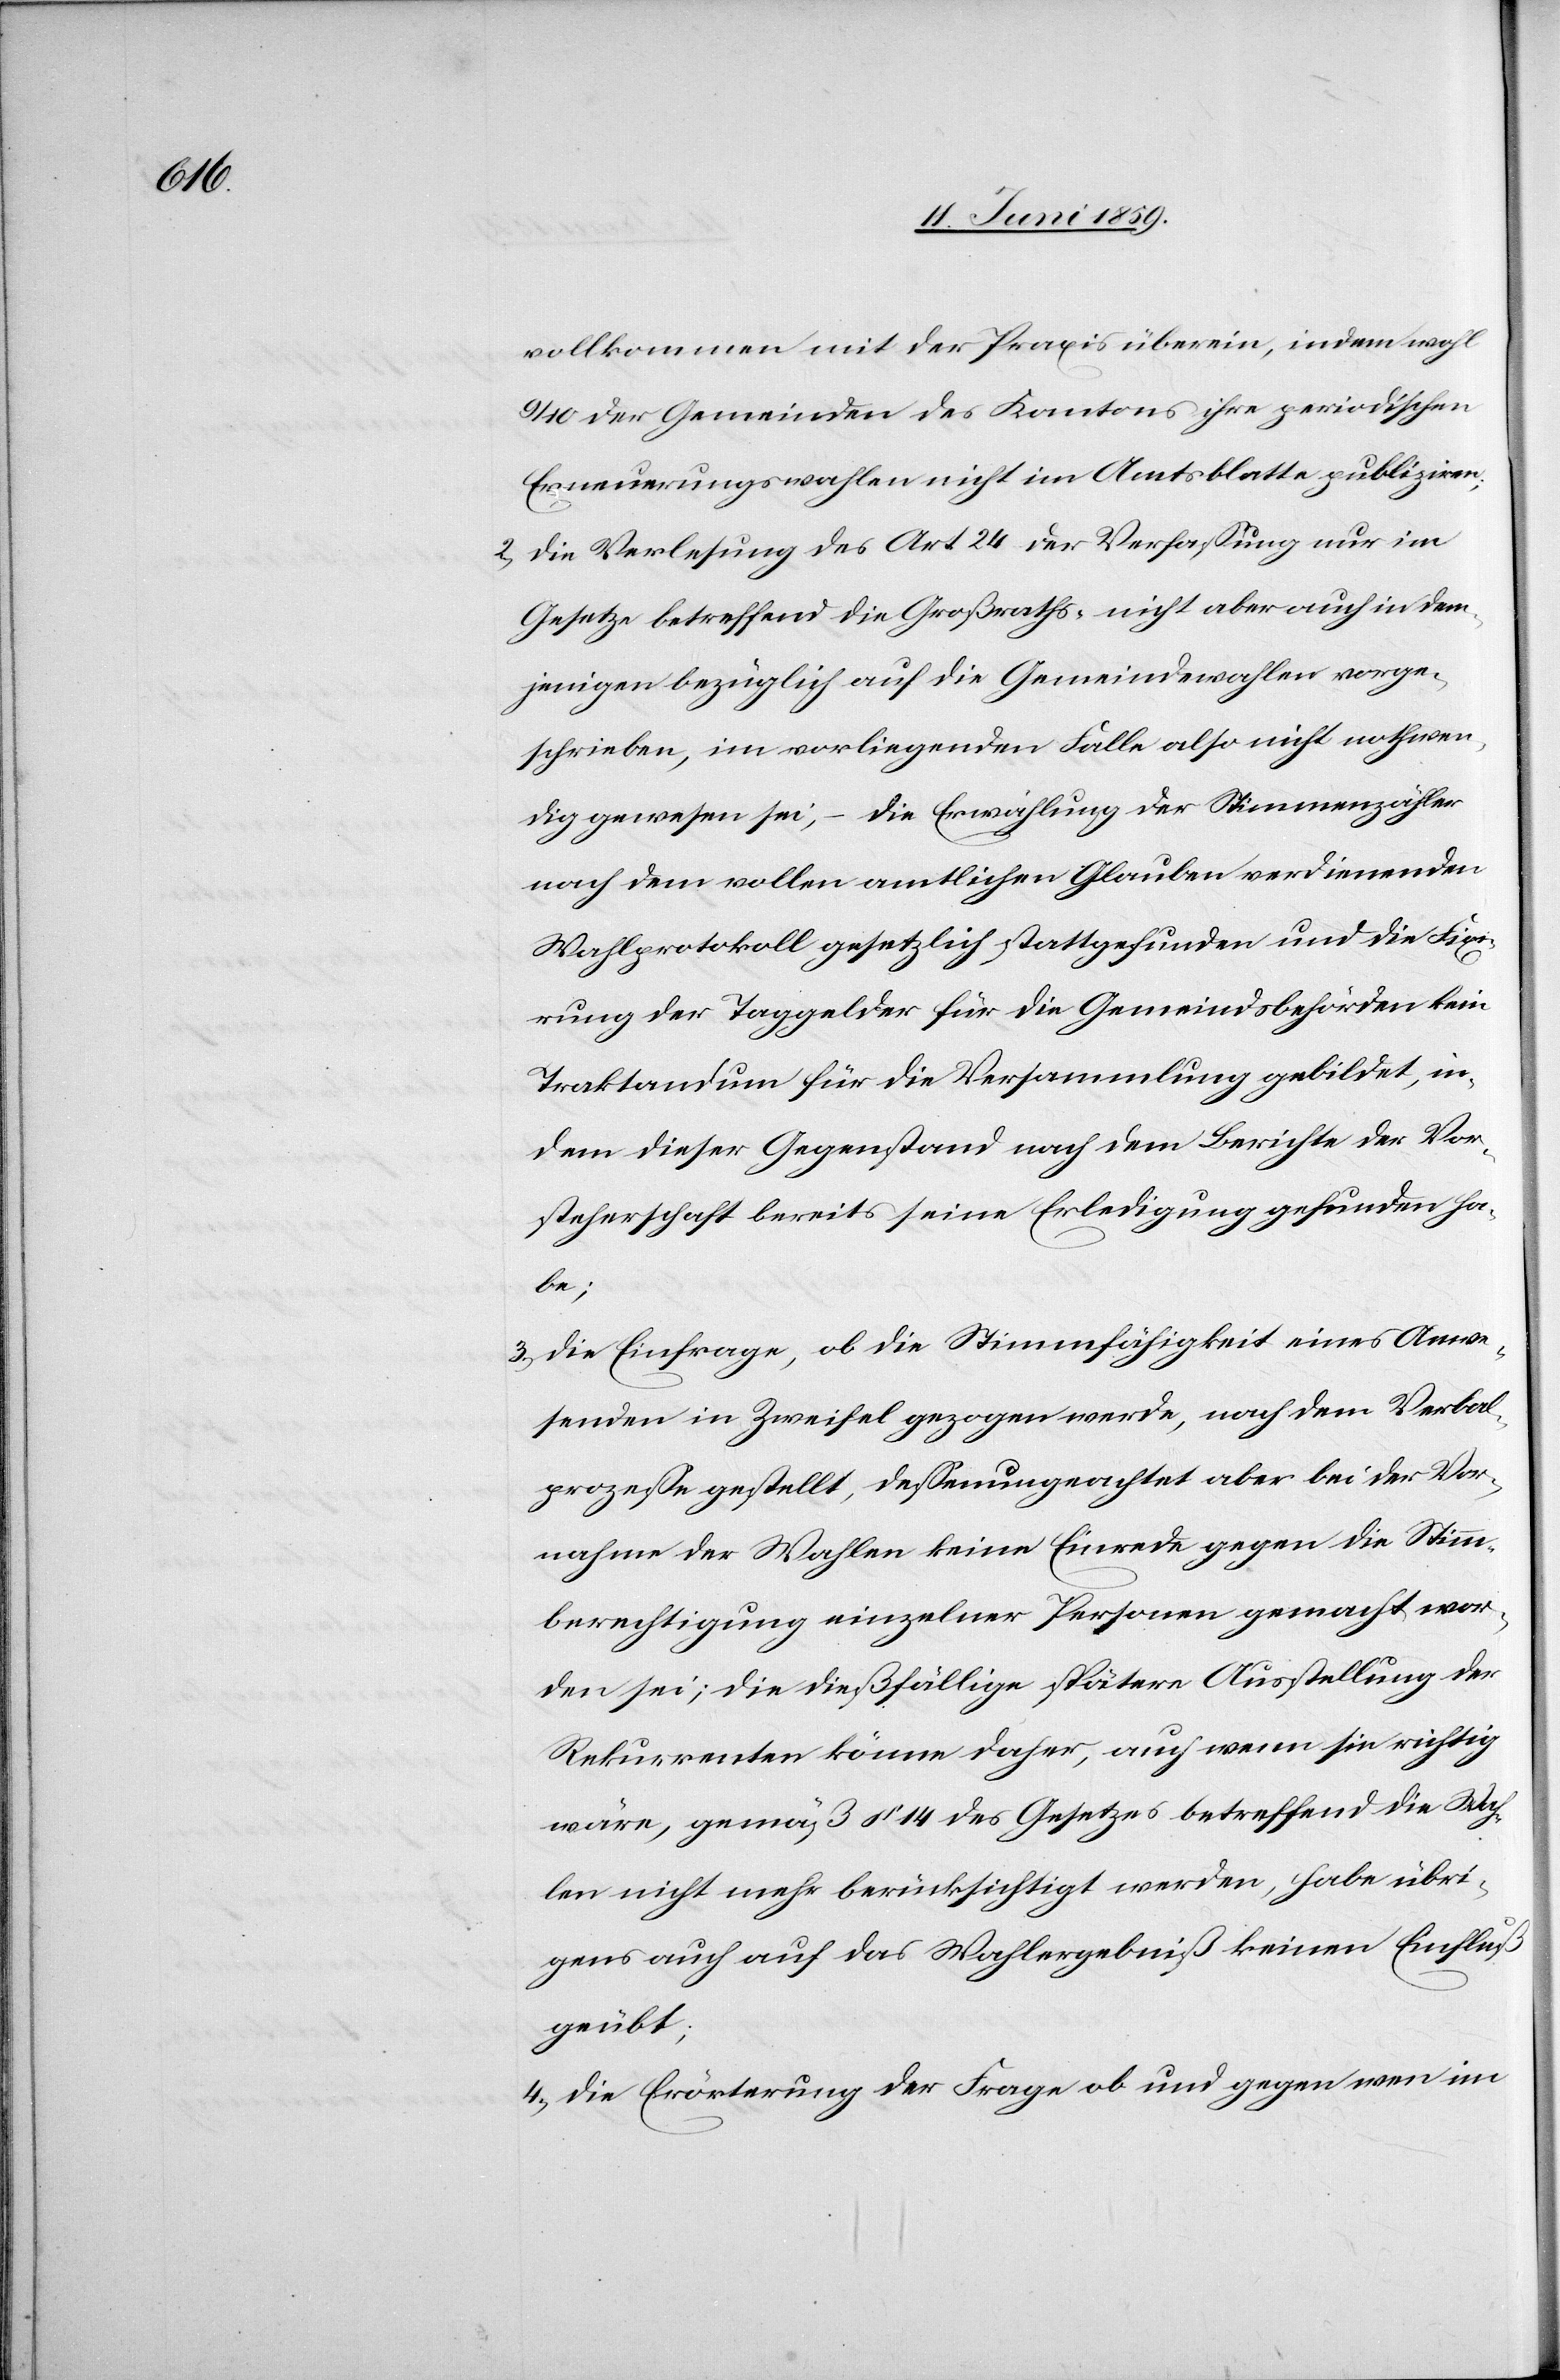
wohl

9/10 der Gemeinden des Kantons ihre periodischen
Erneuerungswahlen nicht im Amtsblatte publizieren;
2) die Verlesung des Art 24 der Verfassung nur im
Gesetze betreffend die Großraths- nicht aber auch in dem¬
jenigen bezüglich auf die Gemeindewahlen vorge¬
schrieben, im vorliegenden Falle also nicht nothwen¬
dig gewesen sei, – die Erwählung der Stimmenzähler
nach dem vollen amtlichen Glauben verdienenden
Wahlprotokoll gesetzlich stattgefunden und die Fixi¬
rung der Taggelder für die Gemeindsbehörden kein
Traktandum für die Versammlung gebildet, in¬
dem dieser Gegenstand nach dem Berichte der Vor¬
steherschaft bereits seine Erledigung gefunden ha¬
be;
3) die Einfrage, ob die Stimmfähigkeit eines Anwe¬
senden in Zweifel gezogen werde, nach dem Verbal¬
prozesse gestellt, dessenungeachtet aber bei der Vor¬
nahme der Wahlen keine Einrede gegen die Stimm¬
berechtigung einzelner Personen gemacht wor¬
den sei; die dießfällige spätere Ausstellung der
Rekurrenten könne daher, auch wenn sie richtig
wäre , gemäß § 14 des Gesetzes betreffend die Wah¬
len nicht mehr berücksichtigt werden, habe übri¬
gens auch auf das Wahlergebniß keinen Einfluß
geübt;
4) die Erörterung der Frage ob und gegen wen im